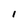
Character: I